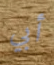
أبي